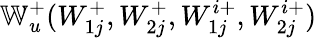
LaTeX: \mathbb{W}_{u}^{+}(W_{1j}^{+},W_{2j}^{+},W_{1j}^{i+},W_{2j}^{i+})